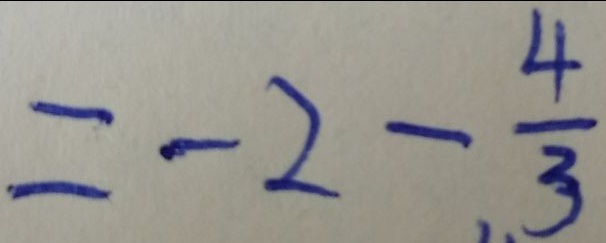
= - 2 - \frac { 4 } { 3 }